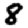
Digit: 8